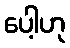
ပေါ့ဟု